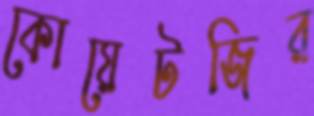
কোয়েটজির